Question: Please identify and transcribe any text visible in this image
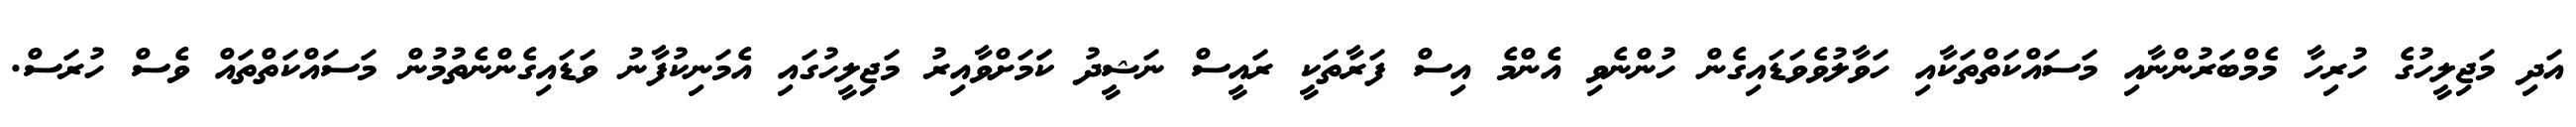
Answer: އަދި މަޖިލީހުގެ ހުރިހާ މެމްބަރުންނާއި މަސައްކަތްތަކާއި ހަވާލުވެވަޑައިގެން ހުންނެވި އެންމެ އިސް ފަރާތަކީ ރައީސް ނަޝީދު ކަަމަށްވާއިރު މަޖިލީހުގައި އެމަނިކުފާނު ވަޑައިގެންނެތުމުން މަސައްކަތްތައް ވެސް ހުރަސް.